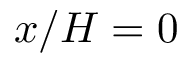
x / H = 0